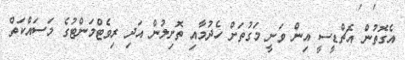
އެގޮތުން އެޗްޑީސީ އިން ވަނީ މަގުތަށް ހެދުމާއި ތޮށިލުން އަދި ރިވެޓްމަންޓުގެ މަސައްކަތް